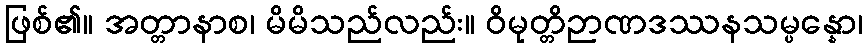
ဖြစ်၏။ အတ္တာနာစ၊ မိမိသည်လည်း။ ဝိမုတ္တိဉာဏဒဿနသမ္ပန္နော၊